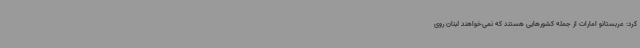
کرد: عربستانو امارات از جمله کشورهایی هستند که نمی‌خواهند لبنان روی